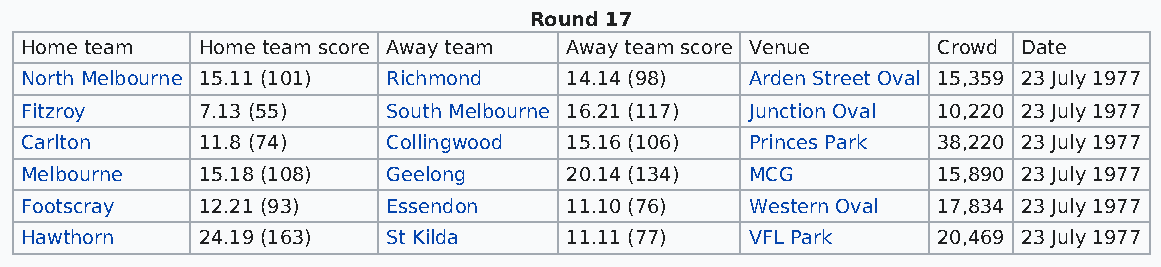
Round 17
 Home team   Home team score Away team Away team score Venue  Crowd Date
 North Melbourne 15.11 (101) Richmond 14.14 (98)  Arden Street Oval 15,359 23 July 1977
 Fitzroy     7.13 (55)    South Melbourne 16.21 (117) Junction Oval 10,220 23 July 1977
 Carlton     11.8 (74)    Collingwood 15.16 (106) Princes Park 38,220 23 July 1977
 Melbourne   15.18 (108)  Geelong    20.14 (134)  MCG         15,890 23 July 1977
 Footscray   12.21 (93)   Essendon   11.10 (76)   Western Oval 17,834 23 July 1977
 Hawthorn    24.19 (163)  St Kilda   11.11 (77)   VFL Park    20,469 23 July 1977